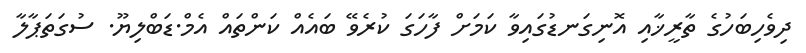
ދިވެހިބަހުގެ ތާރީޚާއި އޮނިގަނޑުގައިވާ ކަމަށް ފާހަގަ ކުރެވޭ ބައެއް ކަންތައް އެމް.ޑަބްލިޔޫ. ސުގަތަޕާލާ